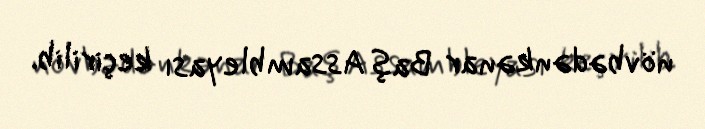
növbədənkənar Baş Assambleyası keçirilib.